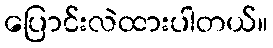
ပြောင်းလဲထားပါတယ်။